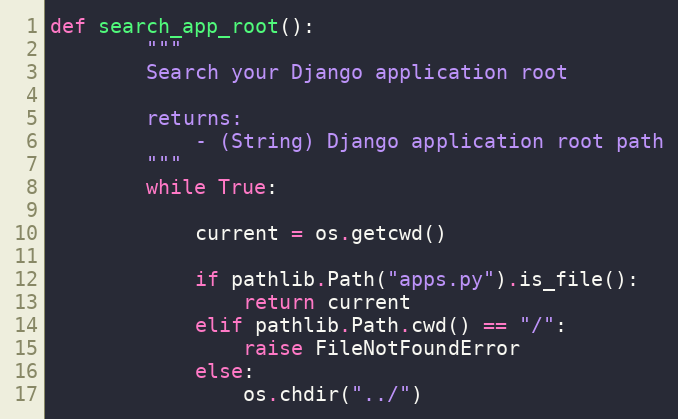
Language: Python
def search_app_root():
        """
        Search your Django application root

        returns:
            - (String) Django application root path
        """
        while True:

            current = os.getcwd()

            if pathlib.Path("apps.py").is_file():
                return current
            elif pathlib.Path.cwd() == "/":
                raise FileNotFoundError
            else:
                os.chdir("../")